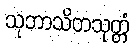
သုဘာသိတသုတ္တံ